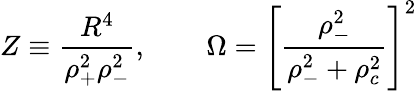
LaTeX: Z\equiv\frac{R^{4}}{\rho_{+}^{2}\rho_{-}^{2}},\; \; \ \ \ \ \ \ \Omega=\left[\frac{\rho_{-}^{2}}{\rho_{-}^{2}+\rho_{c}^{2}}\right]^{2}